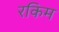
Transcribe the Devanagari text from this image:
रकिम